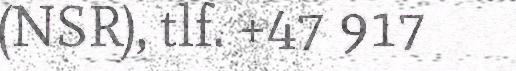
(NSR), tlf. +47 917